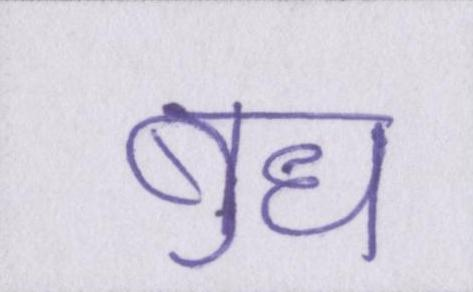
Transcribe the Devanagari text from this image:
बुध